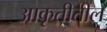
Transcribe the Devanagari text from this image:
आकृतीतील